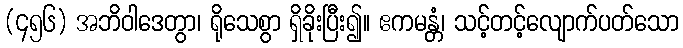
(၄၅၆) အဘိဝါဒေတွာ၊ ရိုသေစွာ ရှိခိုးပြီး၍။ ဧကမန္တံ၊ သင့်တင့်လျောက်ပတ်သော